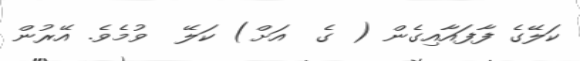
ކަލޭގެ ފާފައާއިގެން ( ގެ  އަށް) ކަލޭ  ވުމެވެ. އޭރުން